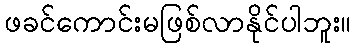
ဖခင်ကောင်းမဖြစ်လာနိုင်ပါဘူး။